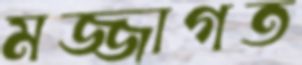
মজ্জাগত